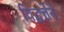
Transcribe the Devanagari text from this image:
विद्वत्तेने